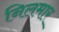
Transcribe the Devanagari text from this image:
निलमार